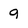
Character: 9